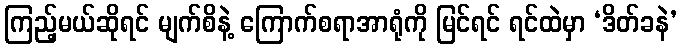
ကြည့်မယ်ဆိုရင် မျက်စိနဲ့ ကြောက်စရာအာရုံကို မြင်ရင် ရင်ထဲမှာ ‘ဒိတ်ခနဲ’